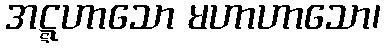
အဋ္ဋဟာသော မဟာဟာသော၊